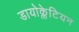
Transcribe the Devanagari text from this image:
डायोक्लेटियन